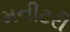
મનીટરી